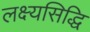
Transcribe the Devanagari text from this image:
लक्ष्यसिद्धि